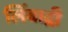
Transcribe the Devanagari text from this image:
लिंबाद्री